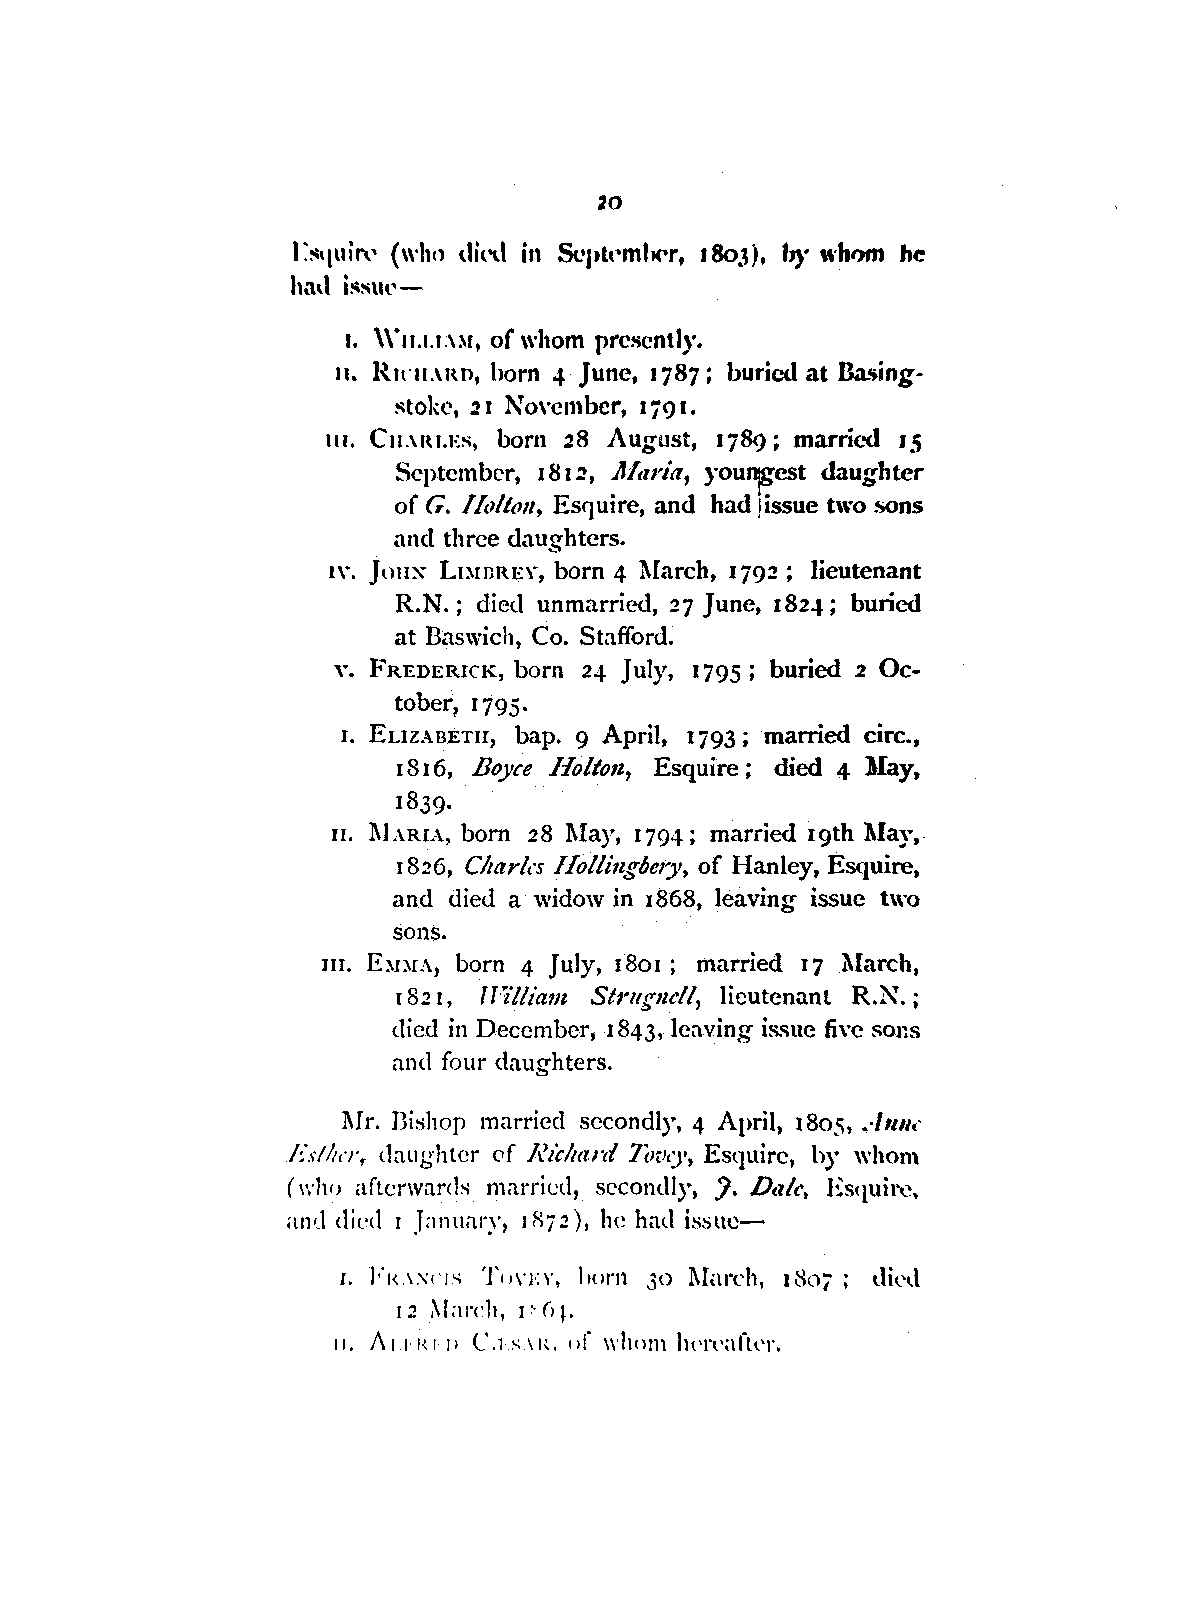
20
 r~'luin' (wh,1 llil'll in &•plt•ml,c-r, 18oJ), by wht>m he
 had i!\slll'-
 r. \\'11.1.r;,:-,.1, of whom presently.
 11. Rtl'II.\Rn, horn 4 June, 1787; buried at Ba.';ing
 stokc, 21 No,·cmhcr, r 79 r.
 111. C11.\Rt.Es, born 28 August, 1789; marrfod 15
 September, 1812, llft1ria, you~est daughter
 of G. /ft,/t,m, Esquire, and had !issue two sons
 and three daughters.
 n·. Jonx LnmREY, born 4 l\Iarch, 1792; lieutenant
 R.N.; died unmarried, 27 June, 1824; buried
 at Baswich, Co. Stafford.
 Y. FREDERICK, born 24 July, 1795; buried 2 Oc
 tober1 1795.
 1. EuzABETII, hap. 9 April, 1793; married circ.,
 1816, Boyce Holton, Esquire ; died 4 May,
 1839.
 n. l\lARlA, born 28 l\Iay, 1794; married 19th l\Iay,
 1826, Charks /Iollingoery, of Hanley, Esquire,
 and died a widow in 1868, leaving issue two
 sons.
 111. E:--.nrA, born 4 July, 1801; married 17 March,
 182 r, TFi!liam Str11g11cll, lieutenant R.N.;
 died in December, I 843, leaving issue fiyc sons
 and four daughters.
 l\I r. Bishop married secondly, 4 April, 1805, A mu
 Rs!lto-r daughter <.1f Rz'chard Ttn1tJ', Esquire, by whom
 ( wh,, afterwards married, secondly, J. D,rlc, Es(1uir(•,
 and dil'd I J;111uary, 18i2), he hatl issue-
 r. F1U.\'1·1-.; T1,n:v, l,orn 30 l\Iarch, 1807; c..lil'd
 1 2 ~ I ;i re h , I .·· (> i ,
 11. J\ 1.1· IU· 11 l'.l~ \I{, of \\'hnm lwn,aftn·.